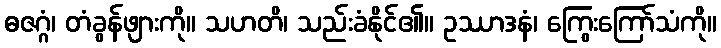
ဓဇဂ္ဂံ၊ တံခွန်ဖျားကို။ သဟတိ၊ သည်းခံနိုင်၏။ ဥဿာဒနံ၊ ကြွေးကြော်သံကို။